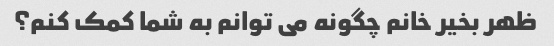
ظهر بخیر خانم چگونه می توانم به شما کمک کنم؟